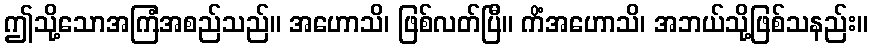
ဤသို့သောအကြံအစည်သည်။ အဟောသိ၊ ဖြစ်လတ်ပြီ။ ကိံအဟောသိ၊ အဘယ်သို့ဖြစ်သနည်း။